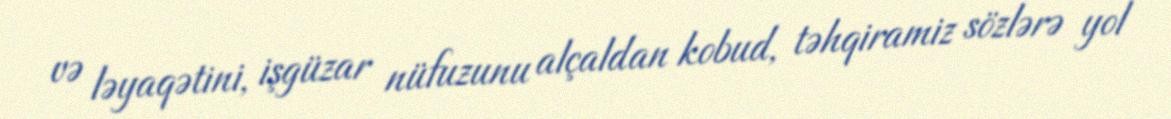
və ləyaqətini, işgüzar nüfuzunu alçaldan kobud, təhqiramiz sözlərə yol